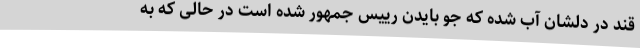
قند در دلشان آب شده که جو بایدن رییس جمهور شده است در حالی که به